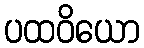
ပထဝိယော